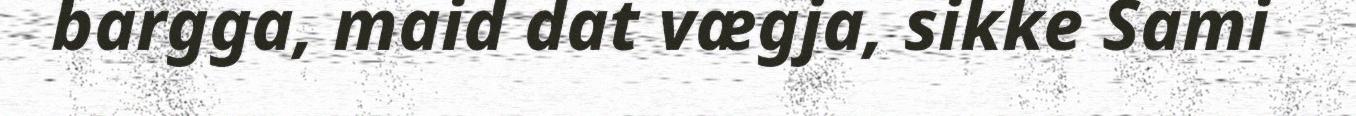
bargga, maid dat vægja, sikke Sami